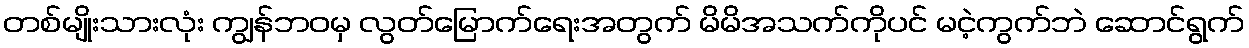
တစ်မျိုးသားလုံး ကျွန်ဘဝမှ လွတ်မြောက်ရေးအတွက် မိမိအသက်ကိုပင် မငဲ့ကွက်ဘဲ ဆောင်ရွက်